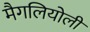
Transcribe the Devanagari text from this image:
मैगलियोली